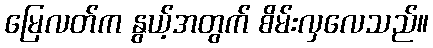
မြေလတ်က နွယ့်အတွက် စိမ်းလှလေသည်။